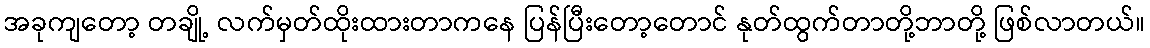
အခုကျတော့ တချို့ လက်မှတ်ထိုးထားတာကနေ ပြန်ပြီးတော့တောင် နုတ်ထွက်တာတို့ဘာတို့ ဖြစ်လာတယ်။